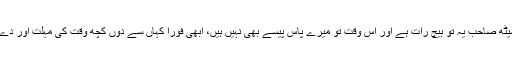
لیکن سیٹھ صاحب یہ تو بیچ رات ہے اور اس وقت تو میرے پاس پیسے بھی نہیں ہیں، ابھی فوراً کہاں سے دوں کچھ وقت کی مہلت اور دے دیں ‘۔